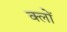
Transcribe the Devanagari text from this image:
क्लों